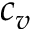
c _ { v }